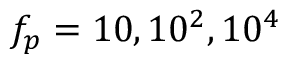
f _ { p } = 1 0 , 1 0 ^ { 2 } , 1 0 ^ { 4 }